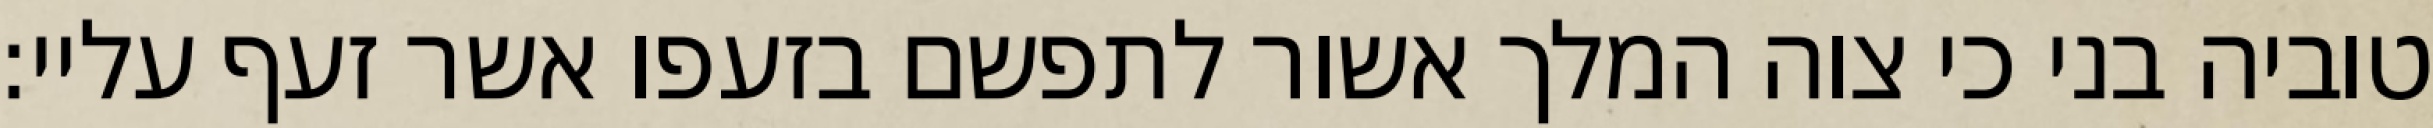
טוביה בני כי צוה המלך אשור לתפשם בזעפו אשר זעף עליי: